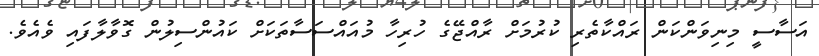
އަސާސީ މިނިވަންކަން ރައްކާތެރި ކުރުމަށް ރާއްޖޭގެ ހުރިހާ މުއައްސަސާތަކަށް ކައުންސިލުން ގޮވާލާފައި ވެއެވެ.